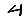
Digit: 4